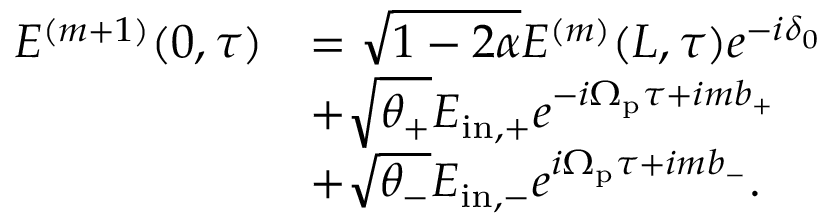
\begin{array} { r l } { E ^ { ( m + 1 ) } ( 0 , \tau ) } & { = \sqrt { 1 - 2 \alpha } E ^ { ( m ) } ( L , \tau ) e ^ { - i \delta _ { 0 } } } \\ & { + \sqrt { \theta _ { + } } E _ { \mathrm { i n , + } } e ^ { - i \Omega _ { \mathrm { p } } \tau + i m b _ { + } } } \\ & { + \sqrt { \theta _ { - } } E _ { \mathrm { i n , - } } e ^ { i \Omega _ { \mathrm { p } } \tau + i m b _ { - } } . } \end{array}